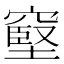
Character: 𥧬